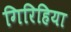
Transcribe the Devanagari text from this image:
गिरिहिया